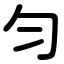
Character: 勻